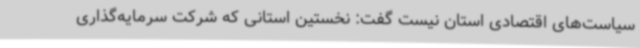
سیاست‌های اقتصادی استان نیست گفت: نخستین استانی که شرکت سرمایه‌گذاری